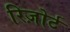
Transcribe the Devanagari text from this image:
रिज़ोर्ट